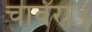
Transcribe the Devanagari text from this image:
चावरा।